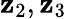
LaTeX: {\mathbf z}_{2},{\mathbf z}_{3}